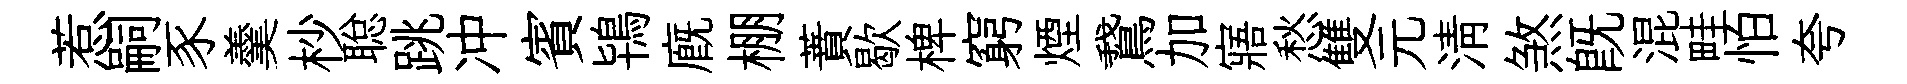
惹嗣豕羹杪聪跳冲賓鴇廐棚蕡歇椑窮煙鵞加寤愁雙元淸煞既混畦怕夸